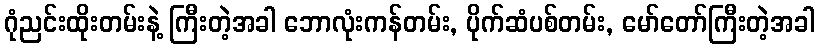
ဂုံညင်းထိုးတမ်းနဲ့ ကြီးတဲ့အခါ ဘောလုံးကန်တမ်း, ပိုက်ဆံပစ်တမ်း, မော်တော်ကြီးတဲ့အခါ